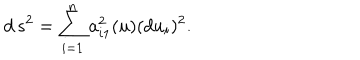
LaTeX: d \, s ^ { 2 } = \sum _ { i = 1 } ^ { n } a _ { i 1 } ^ { 2 } ( u ) ( d u _ { i } ) ^ { 2 } .